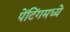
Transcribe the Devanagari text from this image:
पेंटिंगमध्ये